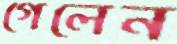
গেলেন